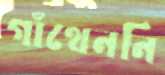
গাঁথেননি